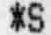
*S